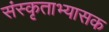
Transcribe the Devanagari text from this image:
संस्कृताभ्यासक